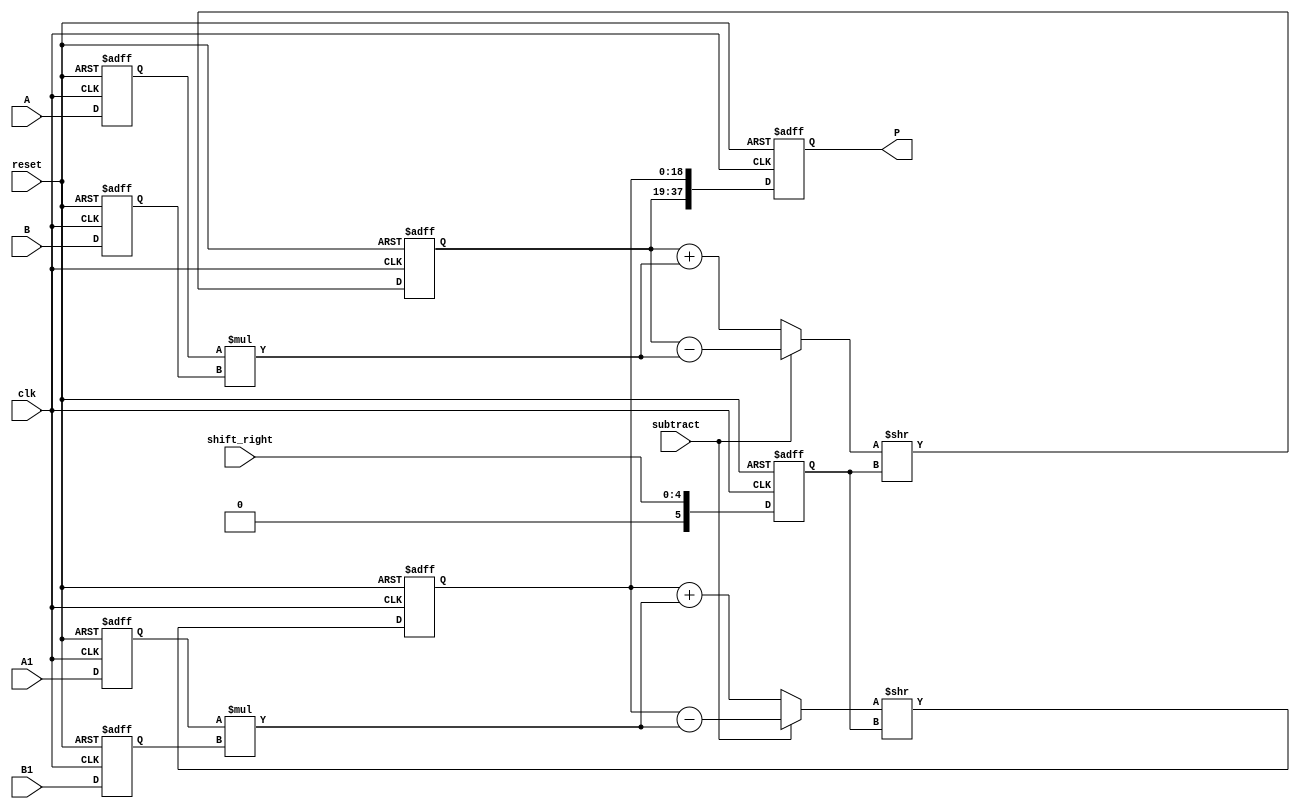
module dsp_mul_unsigned_reg_with_accum_shifted_output_inf_dsp19x2 (clk, reset, subtract, A, A1, B, B1, shift_right, P);
	input clk, reset, subtract;
	input [9:0] A, A1;
	input [8:0] B, B1;
	input [4:0] shift_right;
	output reg [37:0] P;
	reg [5:0] shift_right_reg;
	reg [18:0] P1, P2;
	reg [9:0] i1, i3;
	reg [8:0] i2, i4;
	reg [18:0] add_or_sub, add_or_sub1, mul1, mul2;
	always @(posedge clk, negedge reset) begin
		if(reset == 0) begin
			i1 <= 0;
			i2 <= 0;
			i3 <= 0;
			i4 <= 0;
			shift_right_reg <= 0;
		end
		else begin
			i1 <= A;
			i2 <= B;
			i3 <= A1;
			i4 <= B1;
			shift_right_reg <= shift_right;
		end
	end
	always @(posedge clk, negedge reset) begin
		if (reset == 0) begin
			P <= 0;
			P1 <= 0;
			P2 <= 0;
		end
		else begin
			P1 <= add_or_sub >> shift_right_reg;
			P2 <= add_or_sub1 >> shift_right_reg;
			P <= {P1, P2};
		end

	end

	always @ (*)  begin
		mul1 = i1 * i2;
		mul2 = i3 * i4;
	end

	always @ (*)  begin
		if (subtract) begin
			add_or_sub = P1 - mul1;
			add_or_sub1 = P2 - mul2;
		end
		else begin
			add_or_sub = P1 + mul1;
			add_or_sub1 = P2 + mul2;
		end
	end
endmodule